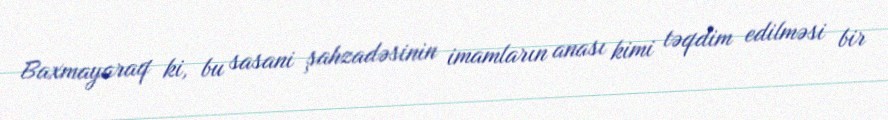
Baxmayaraq ki, bu sasani şahzadəsinin imamların anası kimi təqdim edilməsi bir